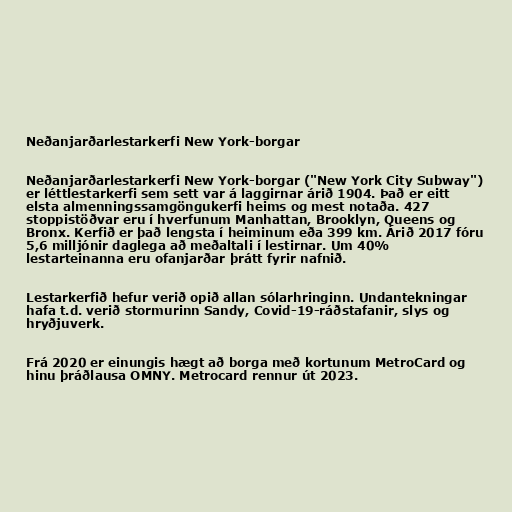
Neðanjarðarlestarkerfi New York-borgar

Neðanjarðarlestarkerfi New York-borgar ("New York City Subway")
er léttlestarkerfi sem sett var á laggirnar árið 1904. Það er eitt
elsta almenningssamgöngukerfi heims og mest notaða. 427
stoppistöðvar eru í hverfunum Manhattan, Brooklyn, Queens og
Bronx. Kerfið er það lengsta í heiminum eða 399 km. Árið 2017 fóru
5,6 milljónir daglega að meðaltali í lestirnar. Um 40%
lestarteinanna eru ofanjarðar þrátt fyrir nafnið.

Lestarkerfið hefur verið opið allan sólarhringinn. Undantekningar
hafa t.d. verið stormurinn Sandy, Covid-19-ráðstafanir, slys og
hryðjuverk.

Frá 2020 er einungis hægt að borga með kortunum MetroCard og
hinu þráðlausa OMNY. Metrocard rennur út 2023.